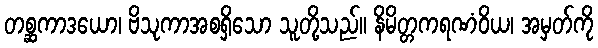
တစ္ဆကာဒယော၊ ဗိသုကာအစရှိသော သူတို့သည်။ နိမိတ္တကရဏံဝိယ၊ အမှတ်ကို